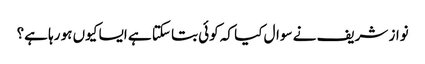
نواز شریف نے سوال کیا کہ کوئی بتا سکتا ہے ایسا کیوں ہو رہا ہے؟